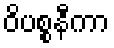
ဝိပစ္စနီကာ